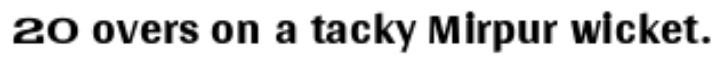
20 overs on a tacky Mirpur wicket.